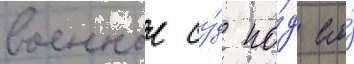
военныи су́д по́д его́